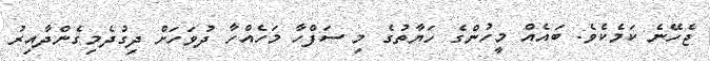
ޖެހޭނެ ކަމެކެވެ. ބައެއް މީހުންގެ ހަޔާތުގެ މި ސަފްހާ މަހެއްހާ ދުވަހަށް ދިގުދެމިގެންދާއިރު